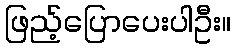
ဖြည့်ပြောပေးပါဦး။